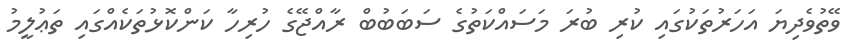
ވޭތުވެދިޔަ އަހަރުތަކުގައި ކުރި ބުރަ މަސައްކަތުގެ ސަބަބުބް ރާއްޖޭގެ ހުރިހާ ކަންކޮޅުތަކެއްގައި ތަޢުލީމު